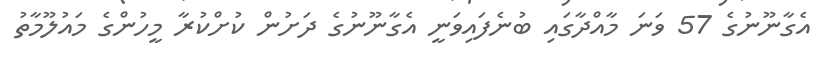
އެގާނޫނުގެ 57 ވަނަ މާއްދާގައި ބުނެފައިވަނީ އެގާނޫނުގެ ދަށުން ކުށްކުރާ މީހުންގެ މައުލޫމާތު